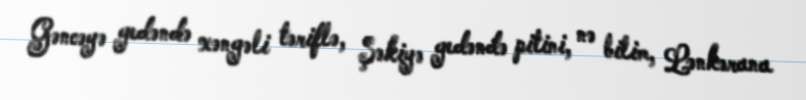
Gəncəyə gedəndə xəngəli təriflə, Şəkiyə gedəndə pitini, nə bilim, Lənkərana